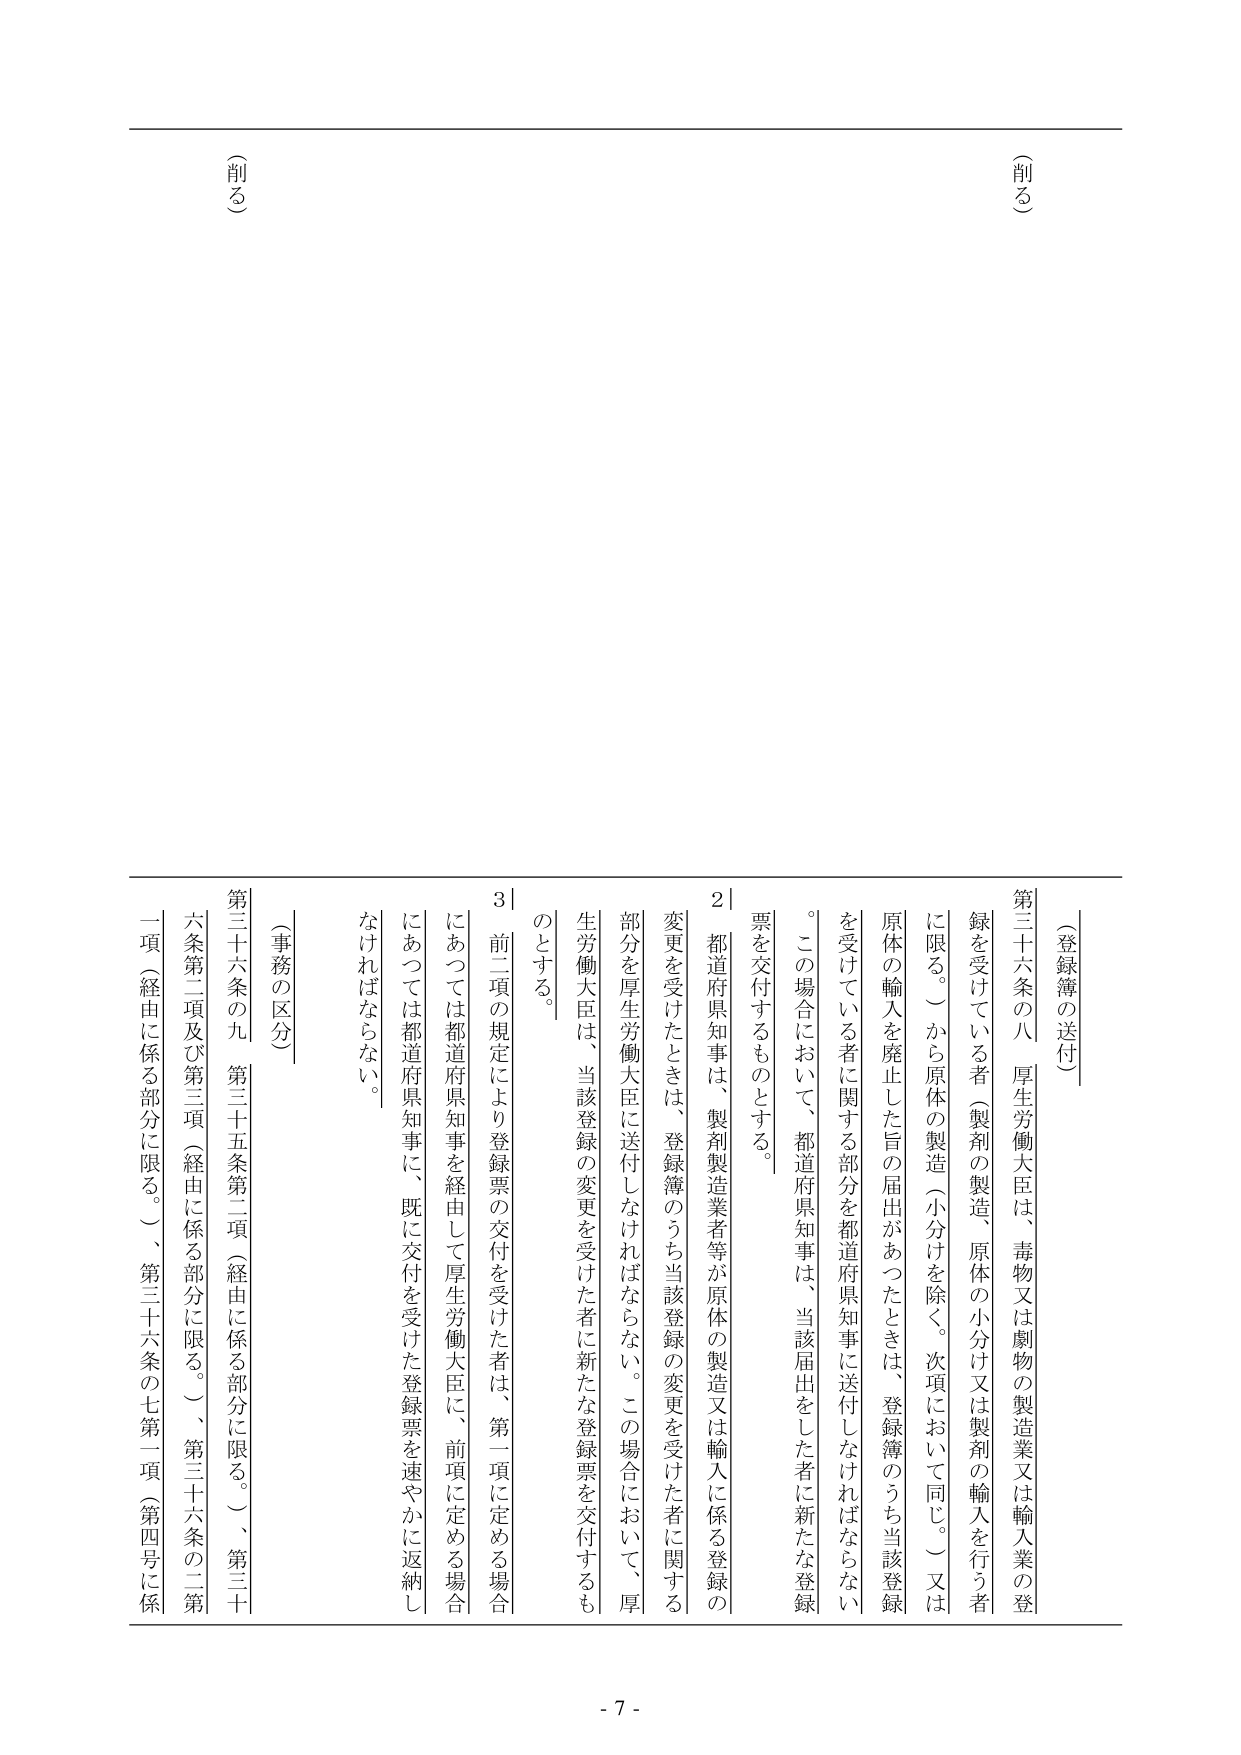
（削る）

（登録簿の送付）

第三十六条の八 厚生労働大臣は、毒物又は劇物の製造業又は輸入業の登録を受けている者（製剤の製造、原体の小分け又は製剤の輸入を行う者に限る。）から原体の製造（小分けを除く。次項において同じ。）又は原体の輸入を廃止した旨の届出があったときは、登録簿のうち当該登録を受けている者に関する部分を都道府県知事に送付しなければならない。この場合において、都道府県知事は、当該届出をした者に新たな登録票を交付するものとする。

２ 都道府県知事は、製剤製造業者等が原体の製造又は輸入に係る登録の変更を受けたときは、登録簿のうち当該登録の変更を受けた者に関する部分を厚生労働大臣に送付しなければならない。この場合において、厚生労働大臣は、当該登録の変更を受けた者に新たな登録票を交付するものとする。

３ 前二項の規定により登録票の交付を受けた者は、第一項に定める場合にあっては都道府県知事を経由して厚生労働大臣に、前項に定める場合にあっては都道府県知事に、既に交付を受けた登録票を速やかに返納しなければならない。

（事務の区分）

第三十六条の九 第三十五条第二項（経由に係る部分に限る。）、第三十六条第二項及び第三項（経由に係る部分に限る。）、第三十六条の二第一項（経由に係る部分に限る。）、第三十六条の七第一項（第四号に係

（削る）

- 7 -